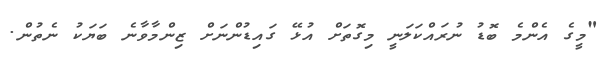
"މީގެ އެންމެ ބޮޑު ނުރައްކަލަނީ މިގޮތަށް އުޅޭ ގައިޑުންނަށް ޒިންމާވާނެ ބަޔަކު ނެތުން.